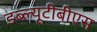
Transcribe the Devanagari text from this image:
डब्ल्यूटीबीएस